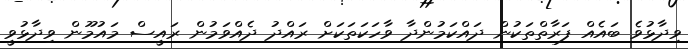
ވިދާޅުވެ ބައެއް ފަރާތްތަކުން ދައްކަމުންދާ ވާހަކަތަކަށް ރައްދު ދެއްވަމުން ރައީސް މައުމޫން ވިދާޅުވީ